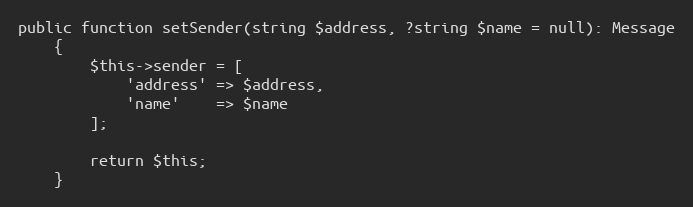
Language: PHP
public function setSender(string $address, ?string $name = null): Message
    {
        $this->sender = [
            'address' => $address,
            'name'    => $name
        ];

        return $this;
    }